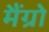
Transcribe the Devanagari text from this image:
मैंग्रो